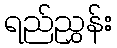
ရည်ညွှန်း